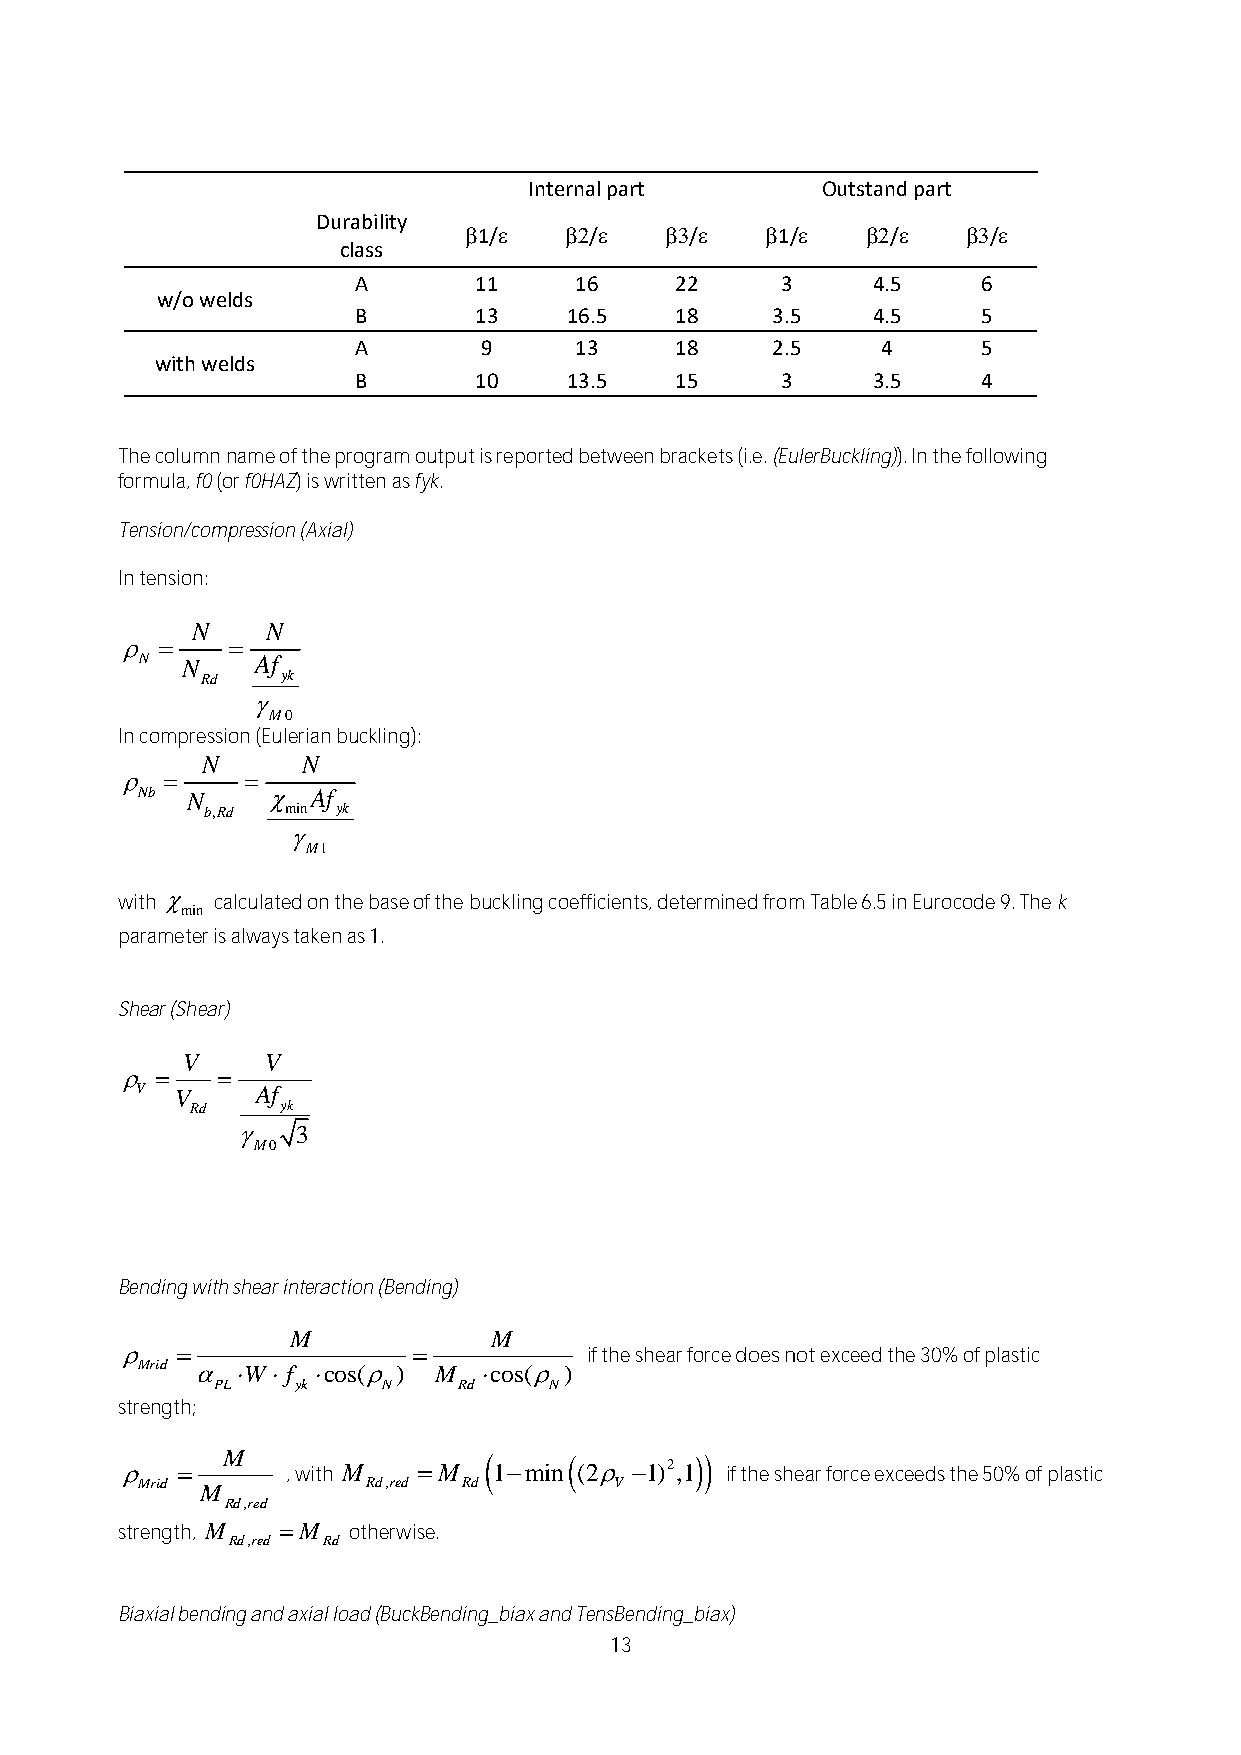
Internal part      Outstand part
 Durability
 1/  /   /   1/  /   /
 class
 A       11     16     22     3     4.5    6
 w/o welds
 B      13    16.5    18    3.5    4.5    5
 A        9     13     18    2.5    4      5
 with welds
 B      10    13.5    15     3     3.5    4
 The column name of the program output is reported between brackets (i.e. (EulerBuckling)). In the following
 formula, f0 (or f0HAZ) is written as fyk.
 Tension/compression (Axial)
 In tension:
 
 
 In compression (Eulerian buckling):
 N      N
       
 Nb N       Af
 b,Rd min yk
 
 M1
 with  calculated on the base of the buckling coefficients, determined from Table 6.5 in Eurocode 9. The k
 parameter is always taken as 1.
 Shear (Shear)
 V     V
     
 V  V    Af
 Rd    yk
    3
 M0
 Bending with shear interaction (Bending)
 M            M
                             if the shear force does not exceed the 30% of plastic
 Mrid  W f cos( ) M cos( )
 PL    yk   N    Rd    N
 strength;
           , with M M
  1min
 (2
 1)2,1
 if the shear force exceeds the 50% of plastic
 Rd,red Rd        V
 strength, M M otherwise.
 Rd,red Rd
 Biaxial bending and axial load (BuckBending_biax and TensBending_biax)
 13
 N
 M
 
 rid
 N
 m
 
 N
 R
 in
 M
 d
 
 M
 R d
 N
 A f
 M
 ,re d
 y k
 0